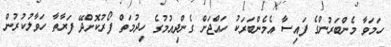
ހަމަވާ މެންބަރުންގެ ފައިސާ އެމެންބަރަކު ހައްޖަށް ގެންދިއުމުގެ ހިދުމަތް ފޯރުކޮށްދޭ ފަރާތާ ހަވާލުކުރުން